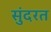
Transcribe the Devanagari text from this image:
सुंदरत